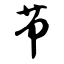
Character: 节